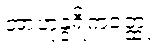
အာဟုန္ဒရိကဝတ္ထု။